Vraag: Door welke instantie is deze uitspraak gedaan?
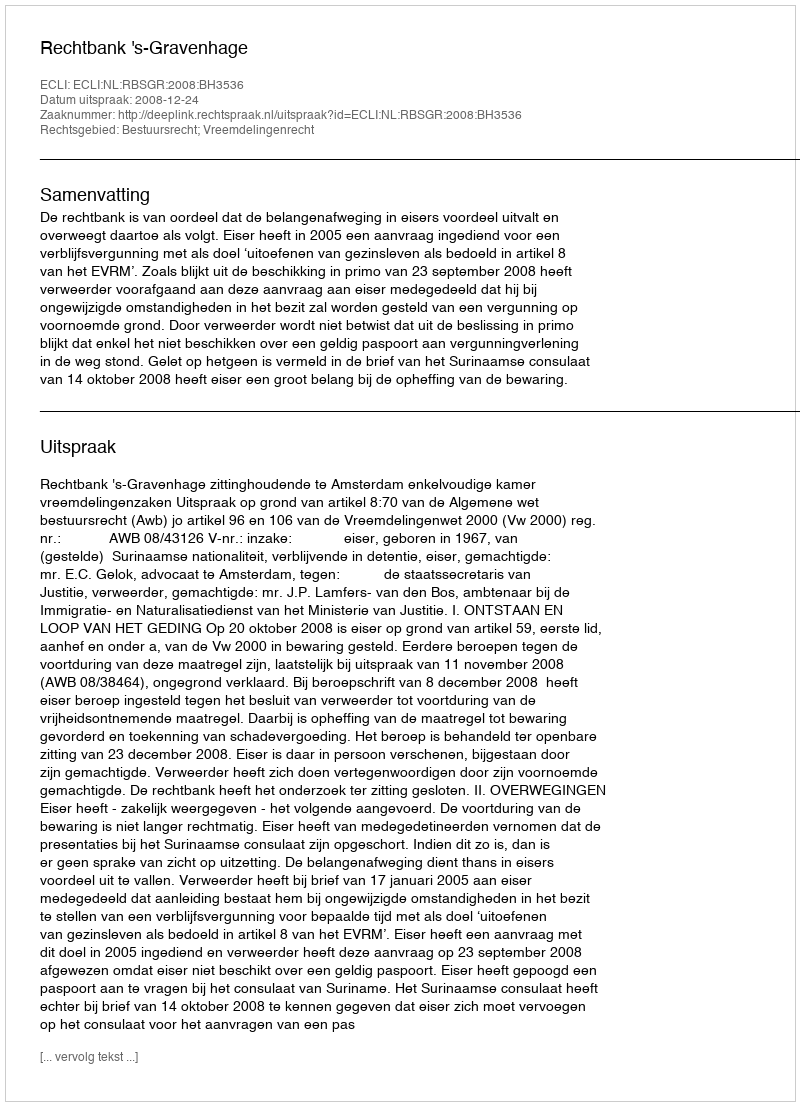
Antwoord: Rechtbank 's-Gravenhage